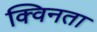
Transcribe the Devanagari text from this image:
क्विनता